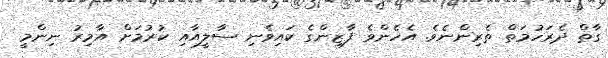
ގާތް ދެރަހުމަތް ތެރިންނެވެ. އެހެންވެ ފާޒިންގެ ކައިވެނި ސާލީއާއި ކުރުމަށް އާމިރު ނިންމީ